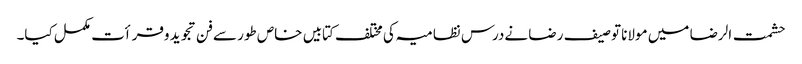
حشمت الرضا میں مولانا توصیف رضا نےدرس نظامیہ کی مختلف کتابیں خاص طور سےفن تجوید وقرأت مکمل کیا۔